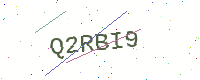
Text: Q2RBI9